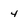
Character: 4